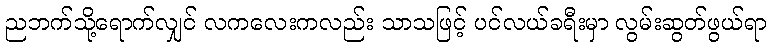
ညဘက်သို့ရောက်လျှင် လကလေးကလည်း သာသဖြင့် ပင်လယ်ခရီးမှာ လွမ်းဆွတ်ဖွယ်ရာ